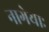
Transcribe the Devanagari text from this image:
नागेयाः